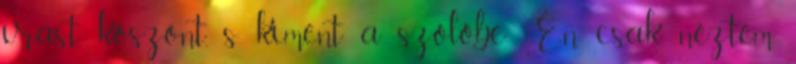
írást, köszönt, s kiment a szőlőbe: Én csak néztem